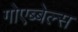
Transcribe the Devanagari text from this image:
गोएब्बेल्स